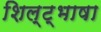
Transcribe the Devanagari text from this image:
शिल्ट्भाषा